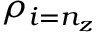
\rho _ { i = n _ { z } }